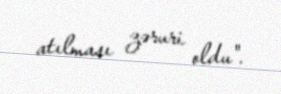
atılması zəruri oldu".